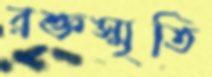
রক্তস্মৃতি